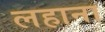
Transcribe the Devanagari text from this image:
लहाना